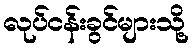
လုပ်ငန်းခွင်များသို့